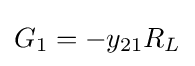
G_{1}=-y_{21}R_{L}